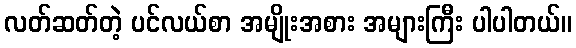
လတ်ဆတ်တဲ့ ပင်လယ်စာ အမျိုးအစား အများကြီး ပါပါတယ်။